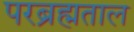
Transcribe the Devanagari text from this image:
परब्रह्मताल